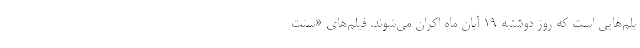
یلم‌هایی است که روز دوشنبه ۱۹ آبان ماه اکران می‌شوند. فیلم‌های «سنت